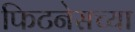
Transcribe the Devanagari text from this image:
फिटनेसच्या